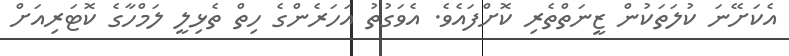
އެކަށޭނަ ކުލަތަކުން ޒީނަތްތެރި ކޮށްފައެވެ. އެވަގުތު އަހަރެންގެ ހިތް ތެޅިލީ ލަމްހާގެ ކޮޓަރިއަށް